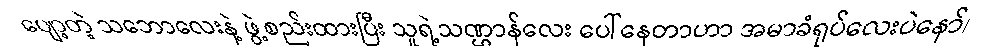
ပျော့တဲ့ သဘောလေးနဲ့ ဖွဲ့စည်းထားပြီး သူရဲ့သဏ္ဌာန်လေး ပေါ်နေတာဟာ အမာခံရုပ်လေးပဲနော်၊